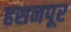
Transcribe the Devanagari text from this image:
हसनपूर